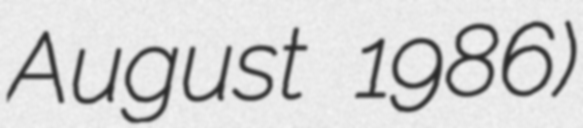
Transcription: August 1986)